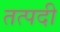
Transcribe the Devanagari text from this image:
तत्पदी